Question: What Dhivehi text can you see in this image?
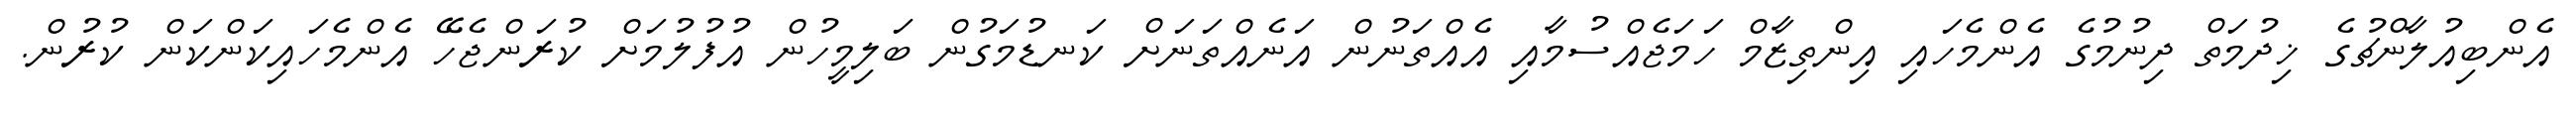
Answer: އެންބިއުލާންޗުގެ ޚިދުމަތް ދިނުމުގެ އެންމެހައި އިންތިޒާމް ހަމަޖެއްސުމާއި އެއްތަނުން އަނެއްތަނަށް ކަނޑުމަގުން ބަލިމީހުން އުފުލުމަށް ކުރަންޖެހޭ އެންމެހައިކަންކަން ކުރުން.